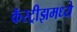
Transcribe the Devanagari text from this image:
कॅस्ट्रीझमध्ये